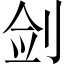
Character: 剑